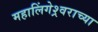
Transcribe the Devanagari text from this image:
महालिंगेश्र्वराच्या